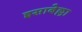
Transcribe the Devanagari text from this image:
इसाबेल्ला